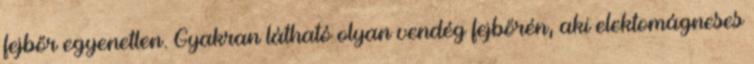
fejbőr egyenetlen. Gyakran látható olyan vendég fejbőrén, aki elektomágneses